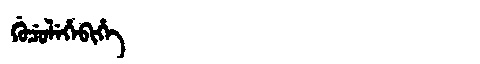
Manchu: ᡤᡠᠴᡠᠯᡝᡥᡝᠪᡳᡥᡝ
Romanization: GUCULEHEBIHE